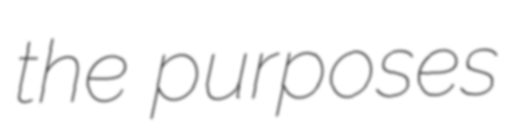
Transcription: the purposes